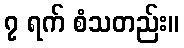
၇ ရက် စံသတည်း။